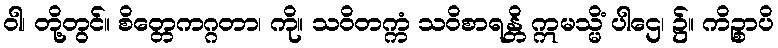
ဝါ၊ တို့တွင်။ စိတ္တေကဂ္ဂတာ၊ ကို။ သဝိတက္ကံ သဝိစာရန္တိ ဣမသ္မိံ ပါဌေ၊ ၌။ ကိဉ္စာပိ